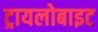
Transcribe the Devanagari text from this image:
ट्रायलोबाइट